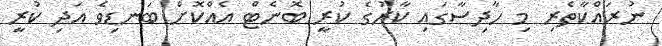
ނުރައްކާތެރި މި ހާދިސާގައި ކާރުގެ ކުރީ ބޮނެޓް އެއްކޮށް ބަނޑިވެ އަދި ކުރީ